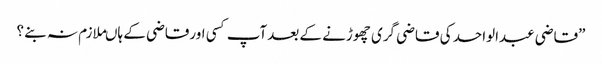
”قاضی عبدالواحد کی قاضی گری چھوڑنے کے بعدآپ کسی اورقاضی کے ہاںملازم نہ بنے ؟